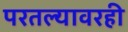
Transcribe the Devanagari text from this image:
परतल्यावरही